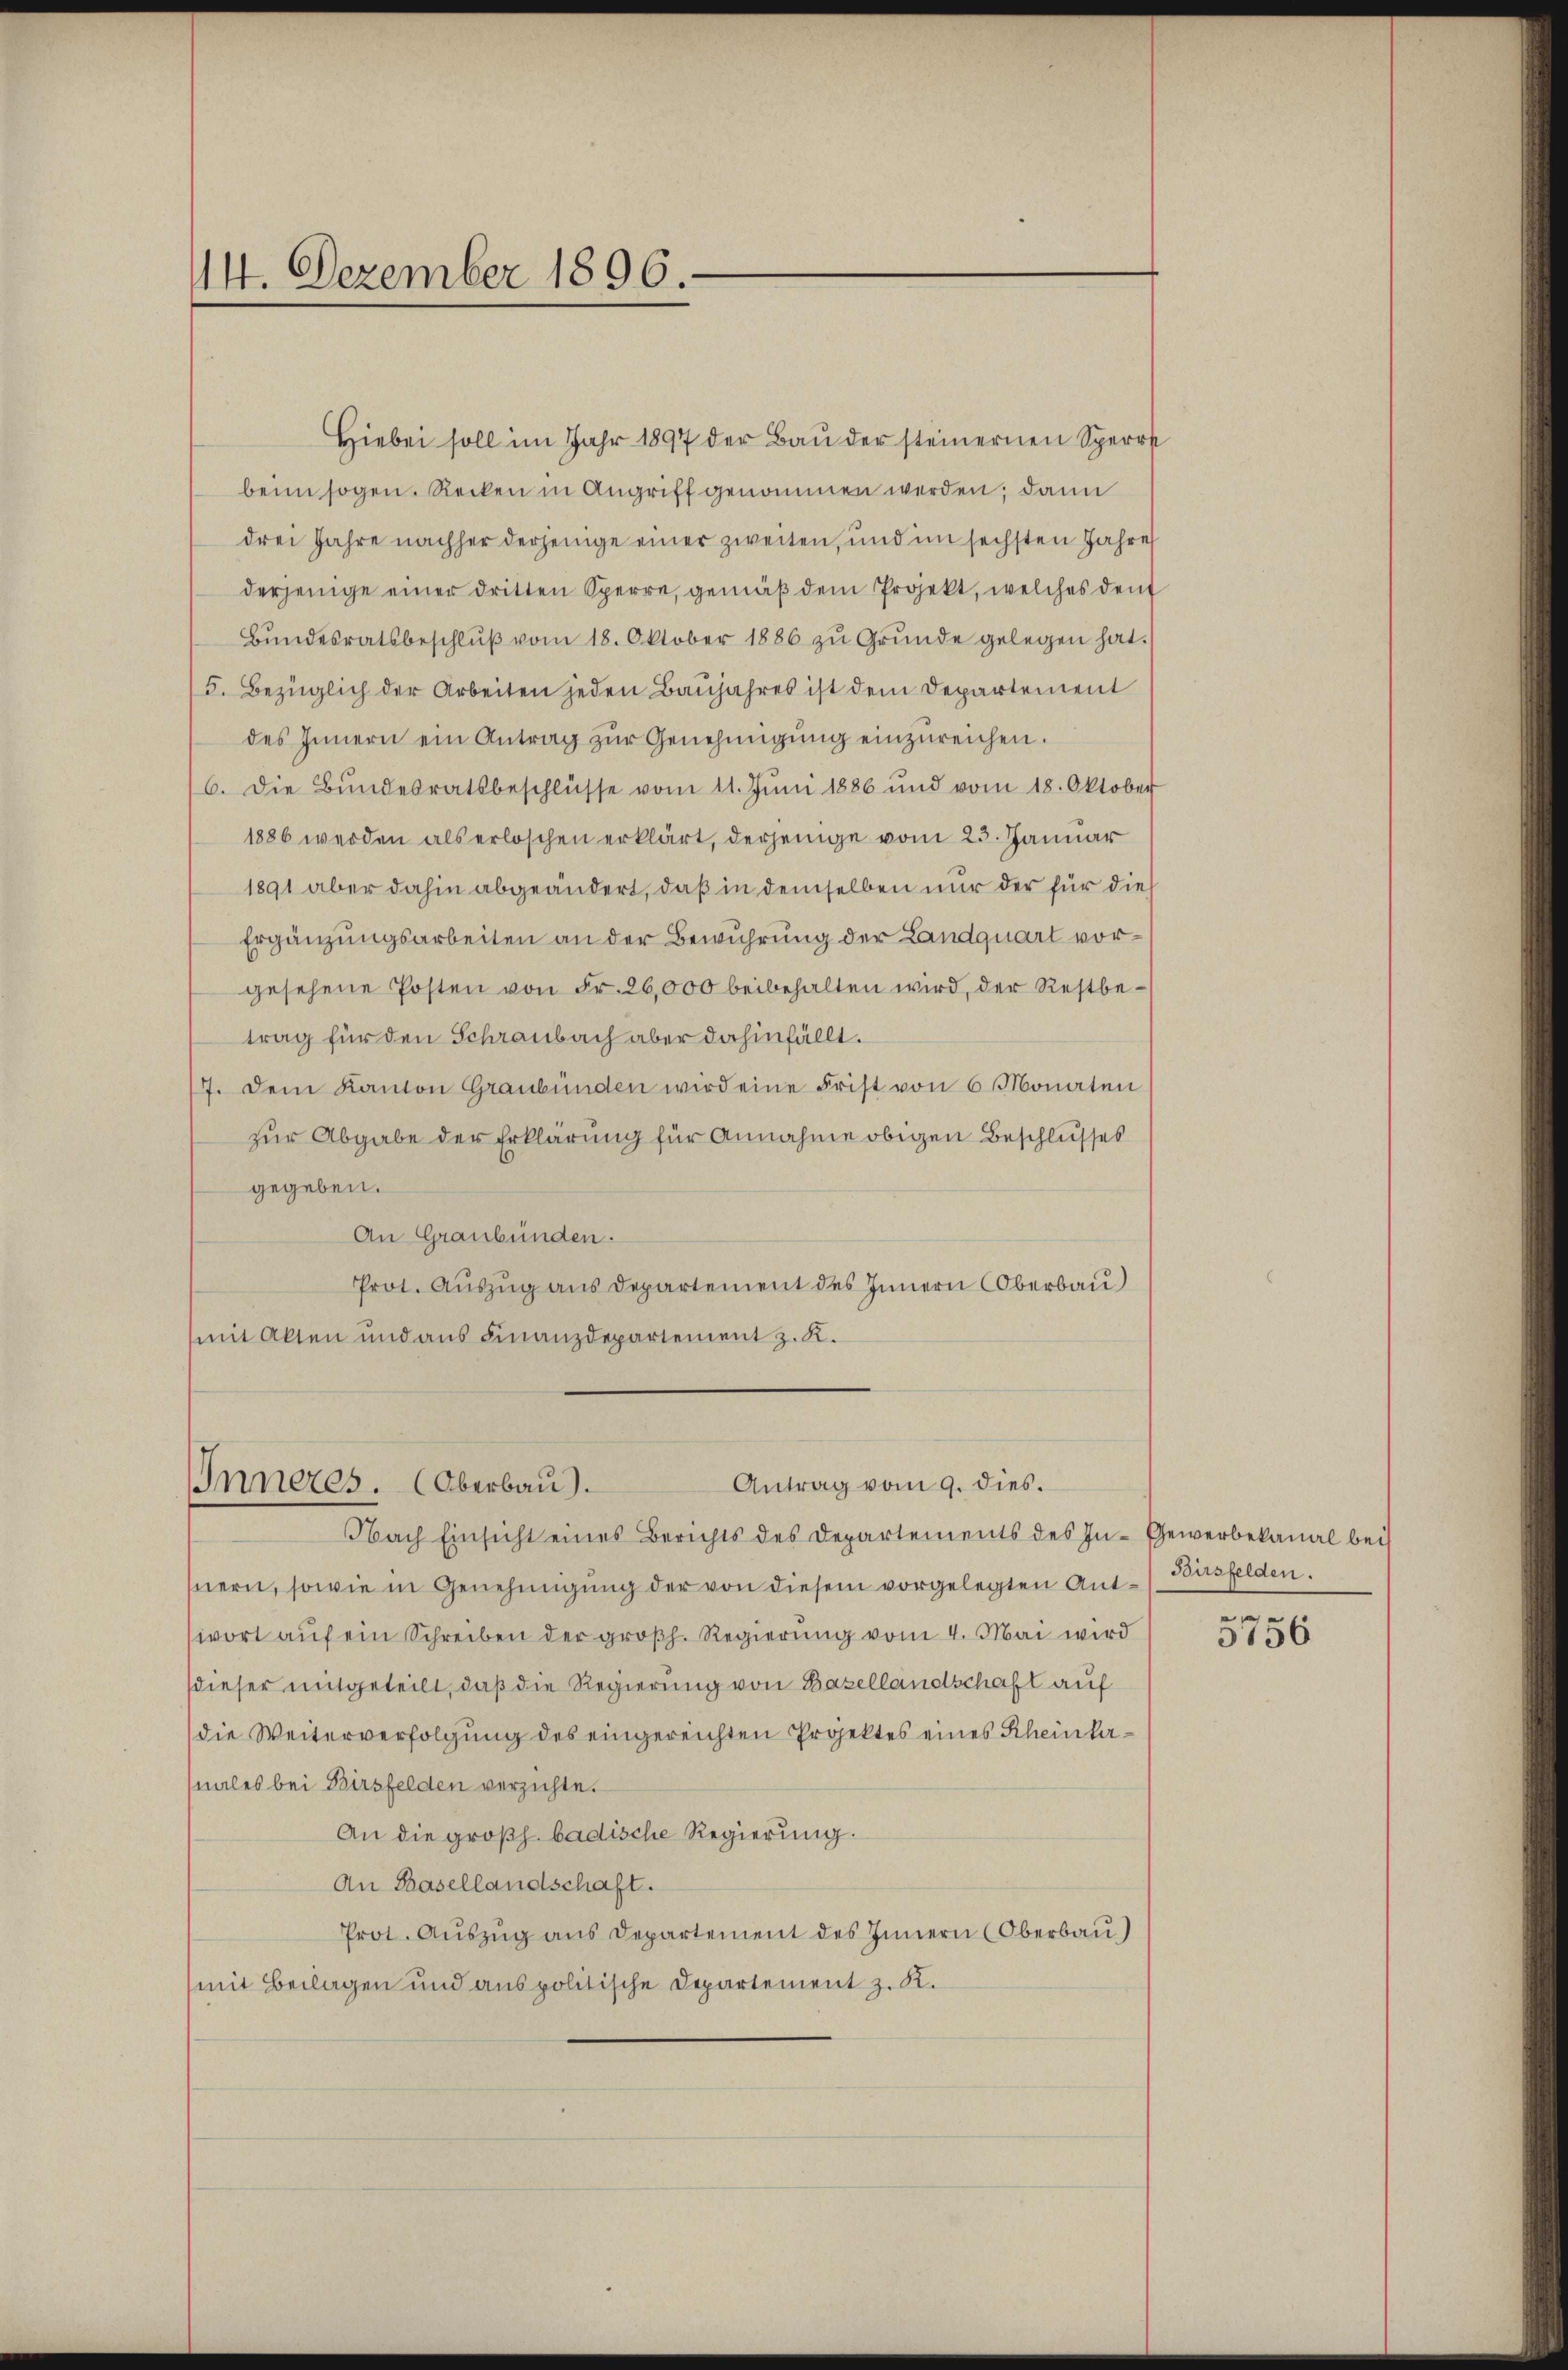
14. Dezember 1896.

Hiebei soll im Jahr 1897 der Baŭ der steinernen Sperrt
beim sogen. Recken in Angriff genommen werden; dann
drei Jahre nachher derjenige einer zweiten, und im sechsten Jahre
derjenige einer dritten Sperre, gemäβ dem Projekt, welches deut
Bŭndesratsbeschlŭβ vom 18. Oktober 1886 zŭ Grŭnde gelegen hat.
5. Bezüglich der Arbeiten jeden Baŭjahres ist dem Departement
des Innern ein Antrag zŭr Genehmigŭng einzŭreichen.
6. Die Bundesratsbeschlüsse vom 11. Jŭni 1886 und vom 18. Oktober
1886 werden als erloschen erklärt, derjenige vom 23. Januar
1891 aber dahin abgeändert, daß in demselben nur der für dies
Ergänzungsarbeiten an der Bewuhrung der Landquart vorgesehene Posten von Fr. 26,000 beibehalten wird, der Restbe-
trag für den Schraubach aber dahinfällt.
7. Dem Kanton Graubünden wird eine Frist von 6 Monaten
zur Abgabe der Erklärung für Annahme obigen Beschlusses
gegeben.
An Graubünden.
Prot. Auszug aus Departement des Innern Oberbau)
mit Alten und aus Finanzdepartement z. K.

Antrag vom 9. dies.
Inneres. (Oberbau).

Nach Einsicht eines Berichts des Departements des In- Gewerbekanal bei
nnern, sowie in Genehmigung der von diesem vorgelegten Ant-Basfelden.
wort aŭf ein Schreiben der groβh. Regierŭng vom 4. Mai wird
dieser mitgeteilt, daß die Regierung von Basellandschaft auf
die Weiterverfolgung des eingereichten Projektes eines Rheinlanales bei Birsfelden verzichte.
An die großh. badische Regierung.
An Basellandschaft.
Prot. Auszug aus Departement des Innern (Oberbau)
(mit Beilagen und aus politische Departement z. K.

5756